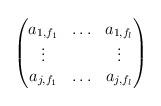
LaTeX: \begin{align*}\begin{pmatrix} a_{1,f_1} & \hdots & a_{1,f_l} \\ \vdots & & \vdots \\ a_{j,f_1} & \hdots & a_{j,f_l}\end{pmatrix}\end{align*}